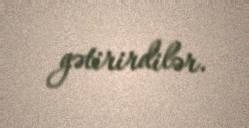
gətirirdilər.